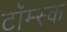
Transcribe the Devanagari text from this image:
टॉम्स्क